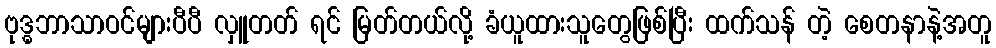
ဗုဒ္ဓဘာသာဝင်များပီပီ လှူတတ် ရင် မြတ်တယ်လို့ ခံယူထားသူတွေဖြစ်ပြီး ထက်သန် တဲ့ စေတနာနဲ့အတူ